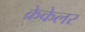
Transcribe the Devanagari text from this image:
क्रेकेलर